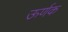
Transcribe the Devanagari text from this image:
ऊर्णक